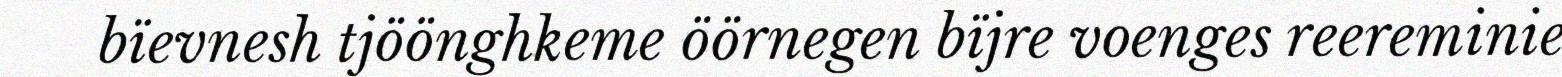
bïevnesh tjöönghkeme öörnegen bïjre voenges reereminie